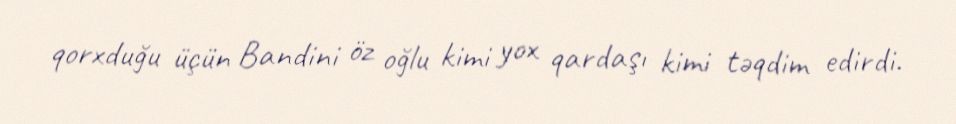
qorxduğu üçün Bandini öz oğlu kimi yox qardaşı kimi təqdim edirdi.